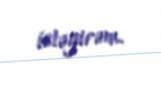
istəyirəm.